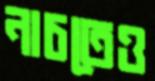
নাচতেও